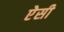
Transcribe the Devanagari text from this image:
ऐेसी